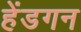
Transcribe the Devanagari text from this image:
हेंडगन